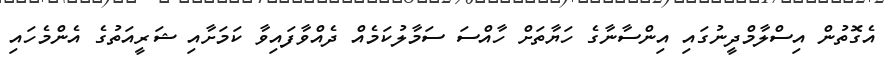
އެގޮތުން އިސްލާމްދީނުގައި އިންސާނާގެ ހަޔާތަށް ހާއްސަ ސަމާލުކަމެއް ދެއްވާފައިވާ ކަމަށާއި ޝަރީއަތުގެ އެންމެހައި